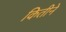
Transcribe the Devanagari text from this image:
कितीने